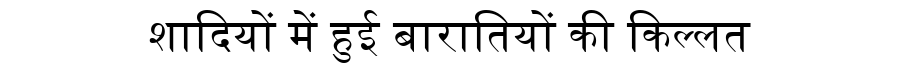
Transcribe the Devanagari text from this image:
शादियों में हुई बारातियों की किल्लत